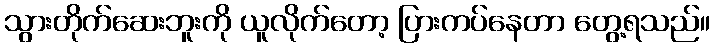
သွားတိုက်ဆေးဘူးကို ယူလိုက်တော့ ပြားကပ်နေတာ တွေ့ရသည်။